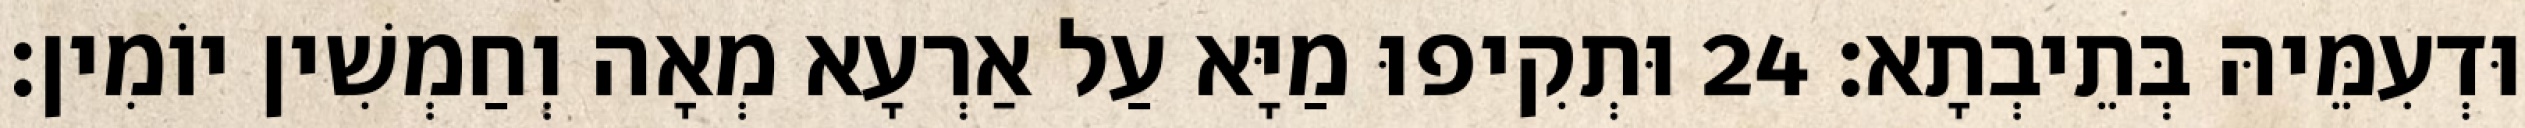
וּדְעִמֵּיהּ בְּתֵיבְתָא׃ 24 וּתְקִיפוּ מַיָּא עַל אַרְעָא מְאָה וְחַמְשִׁין יוֹמִין׃